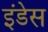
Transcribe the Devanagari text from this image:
इंडेस